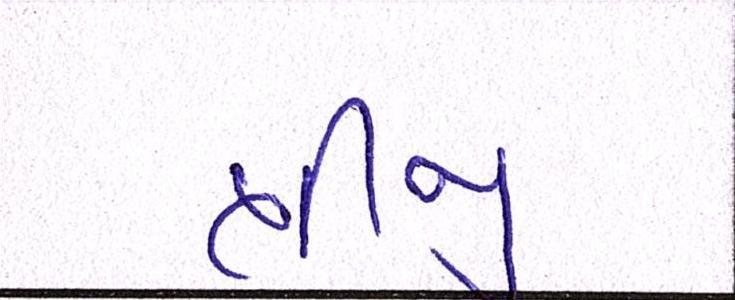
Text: ત્રીજી